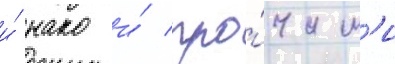
и́ нако и́ про́чим'и